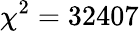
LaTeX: \chi^{2}=32407